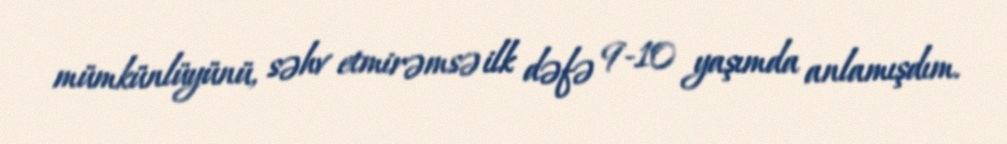
mümkünlüyünü, səhv etmirəmsə ilk dəfə 9-10 yaşımda anlamışdım.